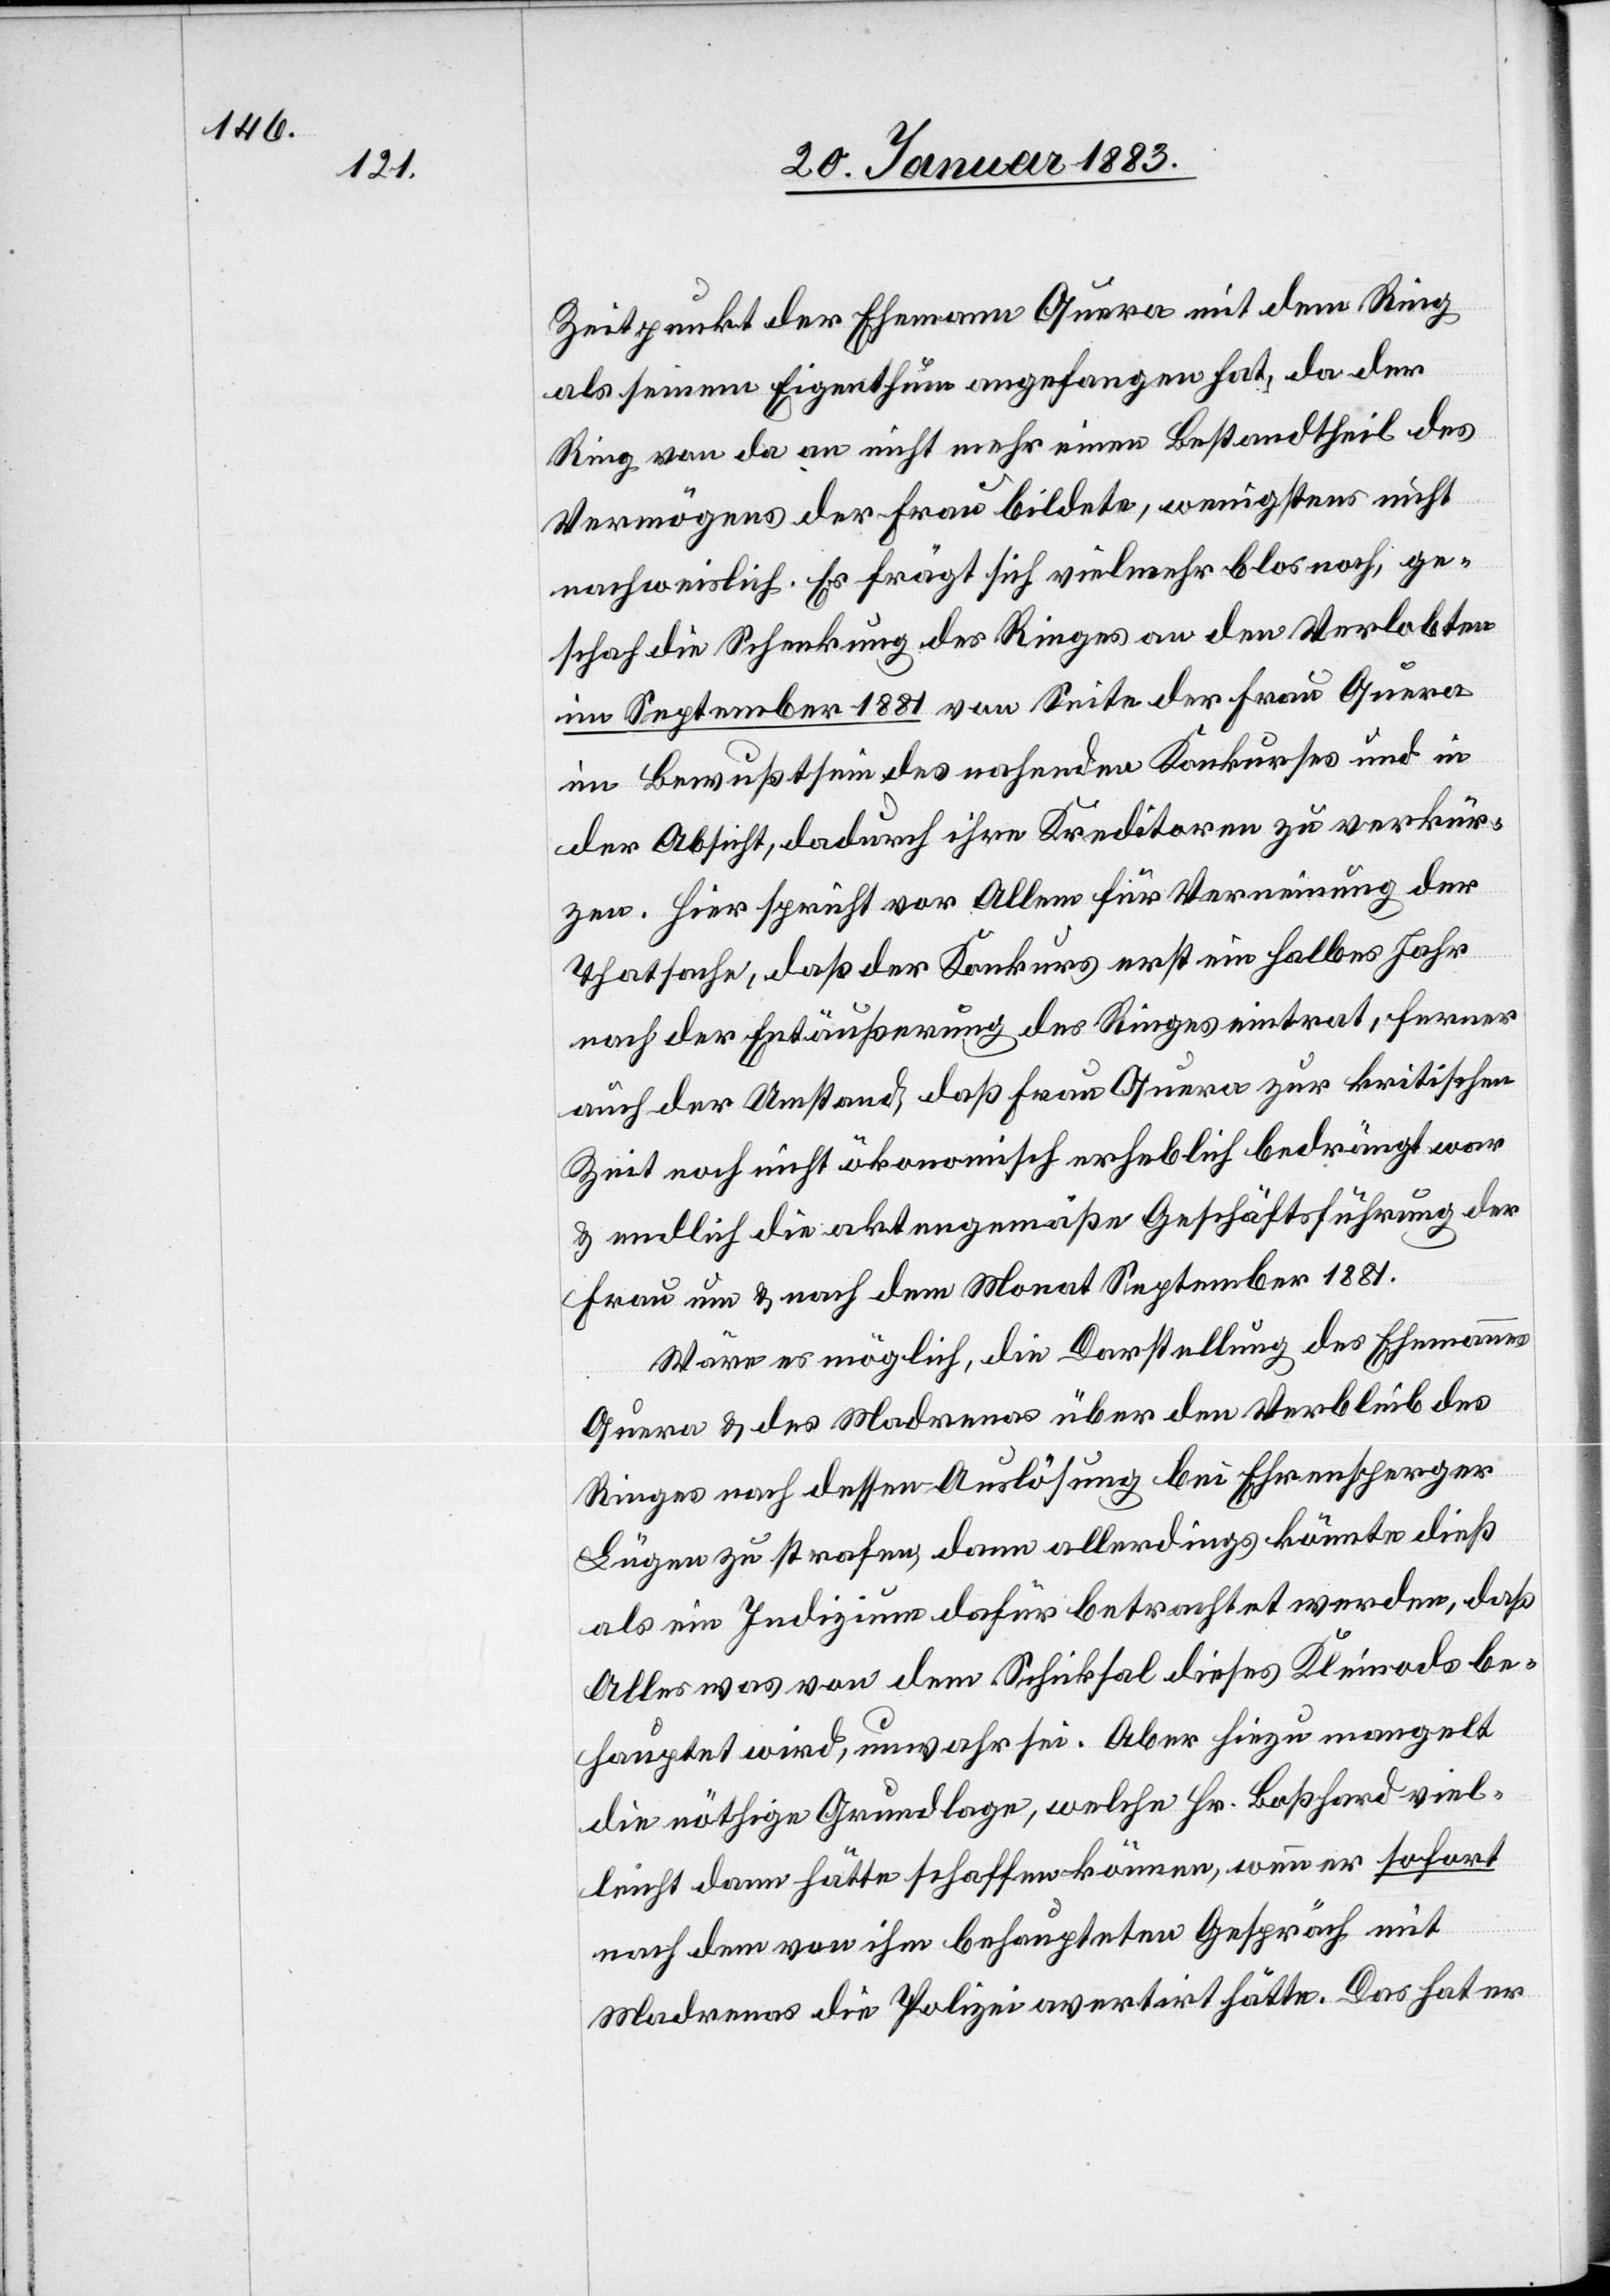
Zeitpunkt der Ehemann Quera mit dem Ring
als seinem Eigenthum angefangen hat, da der
Ring von da an nicht mehr einen Bestandtheil des
Vermögens der Ehefrau bildete, wenigstens nicht
nachweislich. Es frägt sich vielmehr blos noch, ge¬
schah die Schenkung des Ringes an den Verlobten
im September 1881 von Seite der Frau Quera
im Bewußtsein des nahenden Konkurses und in
der Absicht, dadurch ihre Kreditoren zu verkür¬
zen. Hier spricht vor Allem für Verneinung der
Thatsache, daß der Konkurs erst ein halbes Jahr
nach der Entäußerung des Ringes eintrat, ferner
auch der Umstand, daß Frau Quera zur kritischen
Zeit noch nicht ökonomisch erheblich bedrängt war
& endlich die aktengemäße Geschäftsführung der
Frau um & nach dem Monat September 1881.
Wäre es möglich, die Darstellung des Ehemannes
Quera & des Madrenas über den Verbleib des
Ringes nach dessen Auslösung bei Ehrensperger
Lügen zu strafen, dann allerdings könnte dieß
als ein Indizium dafür betrachtet werden, daß
Alles was von dem Schicksal dieses Kleinods be¬
hauptet wird, unwahr sei. Aber hiezu mangelt
die nöthige Grundlage, welche Hr. Boßhard viel¬
leicht dann hätte schaffen können, wenn er sofort
nach dem von ihm behaupteten Gespräch mit
Madrenas die Polizei avertirt hätte. Das hat er